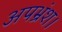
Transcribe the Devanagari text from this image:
अपभ्रंश।